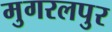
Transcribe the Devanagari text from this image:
मुगरलपुर